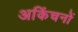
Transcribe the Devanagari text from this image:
अकिंचनों